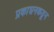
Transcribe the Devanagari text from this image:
प्रकाशनकडून